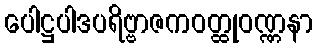
ပေါဋ္ဌပါဒပရိဗ္ဗာဇကဝတ္ထုဝဏ္ဏနာ